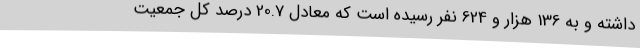
داشته و به 136 هزار و 624 نفر رسیده است که معادل 20.7 درصد کل جمعیت